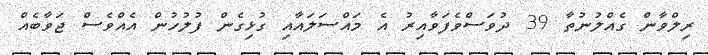
ރިލްވާން ގެއްލުނުތާ 39 ދުވަސްވެފަވާއިރު އެ މައްސަލައާއި ގުޅިގެން ފުލުހުން އެއްވެސް ޖަވާބެއް